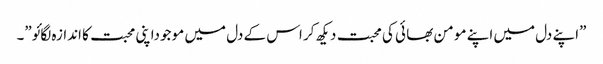
”اپنے دل میں اپنے مو من بھا ئی کی محبت دیکھ کر اس کے دل میں مو جوداپنی محبت کا اندازہ لگائو”۔